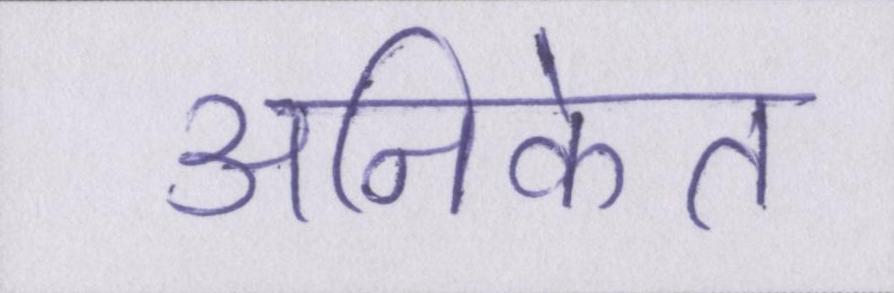
अनिकेत